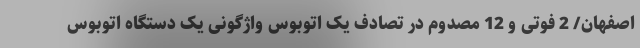
اصفهان/ 2 فوتی و 12 مصدوم در تصادف یک اتوبوس واژگونی یک دستگاه اتوبوس